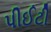
પીઈટી